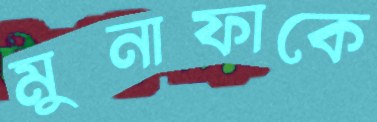
মুনাফাকে